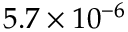
5 . 7 \times 1 0 ^ { - 6 }